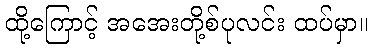
ထို့ကြောင့် အအေးတို့စ်ပုလင်း ထပ်မှာ။